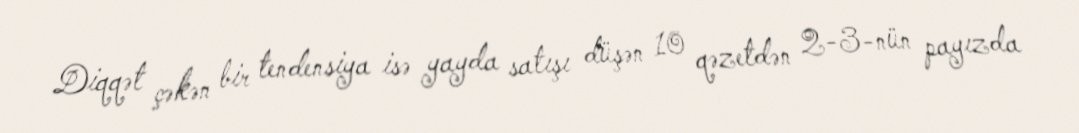
Diqqət çəkən bir tendensiya isə yayda satışı düşən 10 qəzetdən 2-3-nün payızda